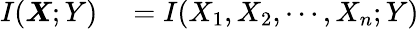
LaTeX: \begin{array}{rl}{I(\boldsymbol{X};Y)}&{{}=I(X_{1},X_{2},\cdots,X_{n};Y)}\end{array}